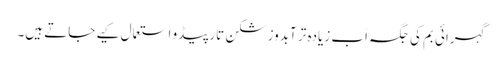
گہرائی بم کی جگہ اَب زیادہ تر آبدوز شکن تارپیڈو استعمال کیے جاتے ہیں۔